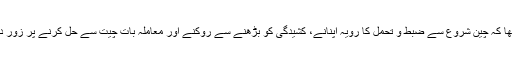
ان کا کہنا تھا کہ چین شروع سے ضبط و تحمل کا رویہ اپنانے، کشیدگی کو بڑھنے سے روکنے اور معاملہ بات چیت سے حل کرنے پر زور دیتا رہا ہے۔